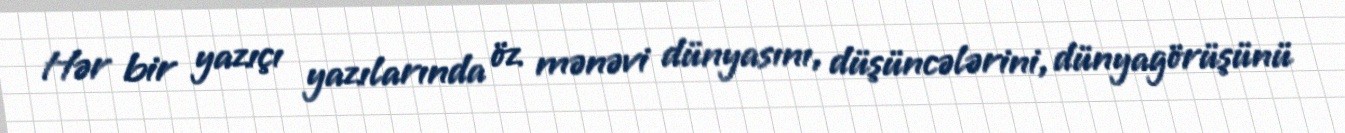
Hər bir yazıçı yazılarında öz mənəvi dünyasını, düşüncələrini, dünyagörüşünü